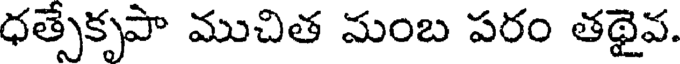
ధత్సేకృపా ముచిత మంబ పరం తథైవ.